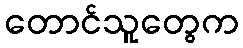
တောင်သူတွေက